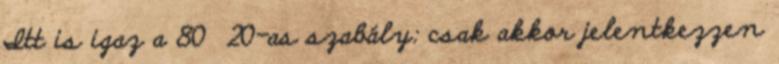
Itt is igaz a 80 20-as szabály: csak akkor jelentkezzen